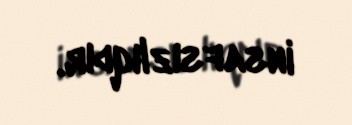
insafsızlıqdır.